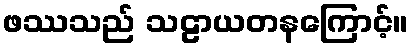
ဖဿသည် သဠာယတနကြောင့်။